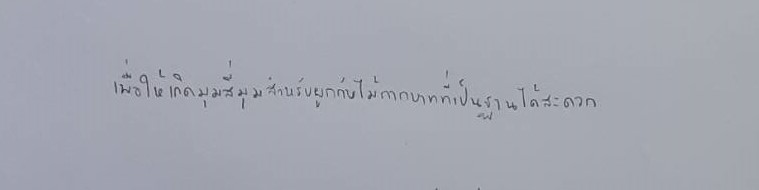
เพื่อให้เกิดมุมสี่มุมสำหรับผูกกับไม้กากบาทที่เป็นฐานได้สะดวก